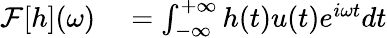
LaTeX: \begin{array}{r}{\begin{array}{rl}{\mathcal{F}[h](\omega)}&{{}=\int_{-\infty}^{+\infty}h(t)u(t)e^{i\omega t}dt}\end{array}}\end{array}